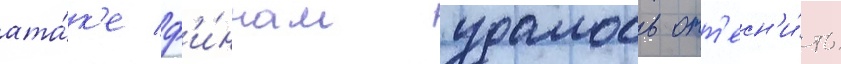
ата́к'е ф'и́ннам удалось отт'есн'и́ть